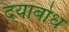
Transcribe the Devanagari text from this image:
दयाबोध